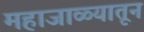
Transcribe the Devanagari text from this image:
महाजाळ्यातून